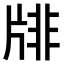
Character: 𤗋